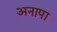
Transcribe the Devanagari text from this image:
अनापा